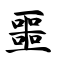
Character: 噩